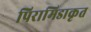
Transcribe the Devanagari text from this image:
पिरामिडाकृत